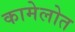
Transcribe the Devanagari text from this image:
कामेलोत